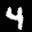
Label: 4